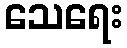
သေရေး